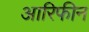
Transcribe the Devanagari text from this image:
आरिफीन